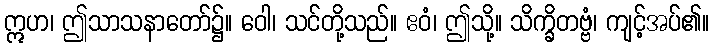
ဣဟ၊ ဤသာသနာတော်၌။ ဝေါ၊ သင်တို့သည်။ ဧဝံ၊ ဤသို့။ သိက္ခိတဗ္ဗံ၊ ကျင့်အပ်၏။